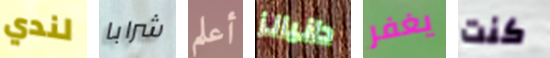
لندي شرابا أعلم دانيالز يغفر كنت